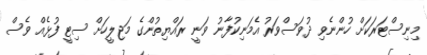
މިނިސްޓަރަކަށް ހުންނެވި ދުވަސްވަރު އެމަނިކުފާނު ވަނީ ރައްޔިތުންގެ މަޖިލީހަށް ސިޓީ ފުޅެއް ވެސް